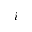
i